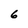
Character: 6